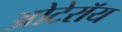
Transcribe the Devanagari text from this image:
ओटेरॉय